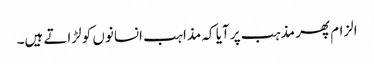
الزام پھر مذہب پر آیا کہ مذاہب انسانوں کو لڑاتے ہیں۔